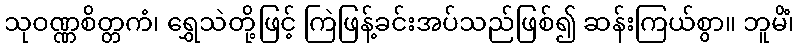
သုဝဏ္ဏစိတ္တကံ၊ ရွှေသဲတို့ဖြင့် ကြဲဖြန့်ခင်းအပ်သည်ဖြစ်၍ ဆန်းကြယ်စွာ။ ဘူမိံ၊